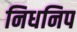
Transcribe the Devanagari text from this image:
निधनिप